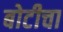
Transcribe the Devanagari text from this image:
बोटीचा